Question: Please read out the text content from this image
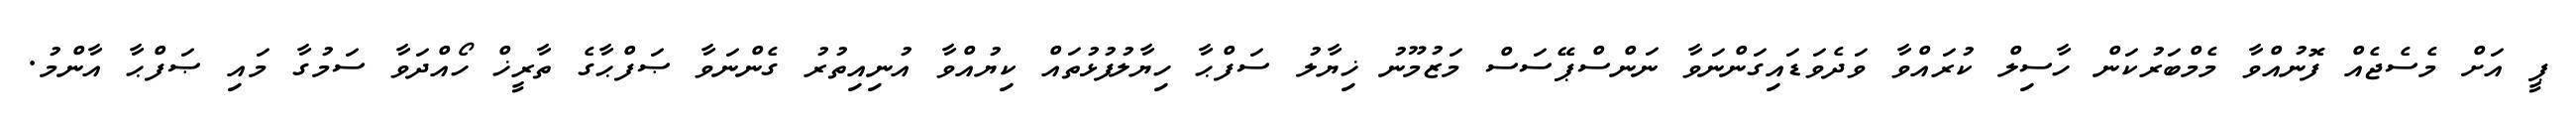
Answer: ޕީ އަށް މެސެޖެއް ފޮނުއްވާ މެމްބަރުކަން ހާސިލް ކުރައްވާ ވަދެވަޑައިގަންނަވާ ނަންސްޕޭސަސް މަޒުމޫނު ޚިޔާލު ސަފްޙާ ހިޔާލުފުޅުތައް ކިޔުއްވާ އުނިއިތުރު ގެންނަވާ ޞަފްޙާގެ ތާރީޚް ހޯއްދަވާ ސަމުގާ މައި ޞަފްޙާ އާންމު.